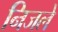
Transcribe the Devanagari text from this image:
निजले